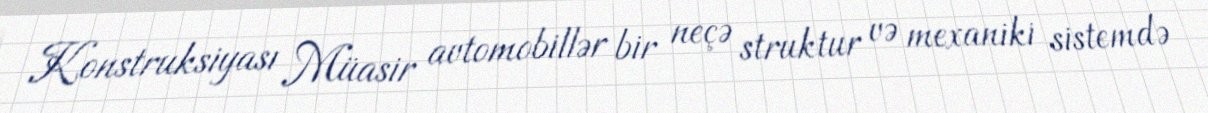
Konstruksiyası Müasir avtomobillər bir neçə struktur və mexaniki sistemdə